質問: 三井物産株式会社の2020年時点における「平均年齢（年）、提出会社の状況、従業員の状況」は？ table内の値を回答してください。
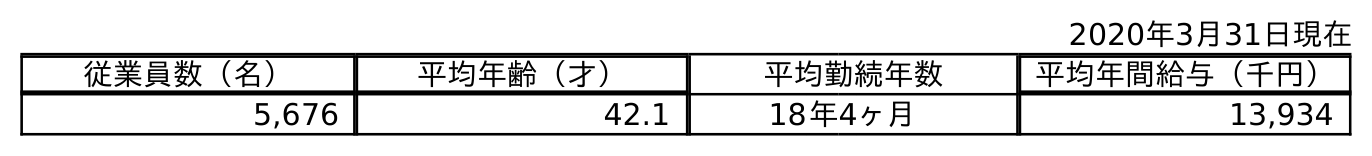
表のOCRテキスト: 2020年3月31日現在 従業員数（名） 平均年齢（才） 平均勤続年数 平均年間給与（千円） 5,676 42.1 18年4ヶ月 13,934
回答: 42.1